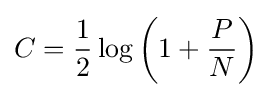
C={\frac {1}{2}}\log \left(1+{\frac {P}{N}}\right)